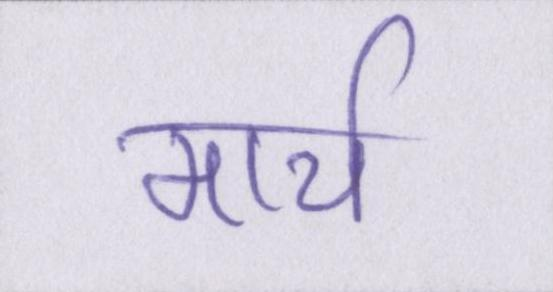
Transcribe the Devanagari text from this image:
मार्च